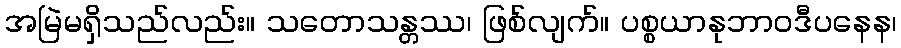
အမြဲမရှိသည်လည်း။ သတောသန္တဿ၊ ဖြစ်လျက်။ ပစ္စယာနုဘာဝဒီပနေန၊